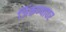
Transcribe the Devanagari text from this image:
जिंकण्यावर